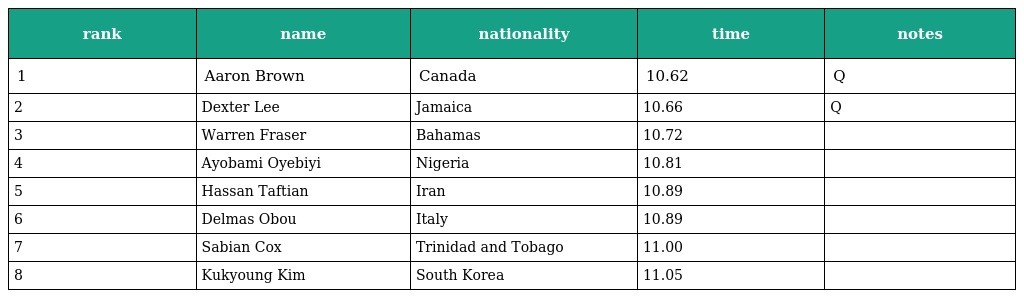
| rank | name | nationality | time | notes |
 | --- | --- | --- | --- | --- |
 | 1 | Aaron Brown | Canada | 10.62 | Q |
 | 2 | Dexter Lee | Jamaica | 10.66 | Q |
 | 3 | Warren Fraser | Bahamas | 10.72 |  |
 | 4 | Ayobami Oyebiyi | Nigeria | 10.81 |  |
 | 5 | Hassan Taftian | Iran | 10.89 |  |
 | 6 | Delmas Obou | Italy | 10.89 |  |
 | 7 | Sabian Cox | Trinidad and Tobago | 11.00 |  |
 | 8 | Kukyoung Kim | South Korea | 11.05 |  |